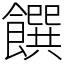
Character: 饌